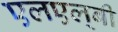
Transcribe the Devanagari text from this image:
एलएल्‌बी